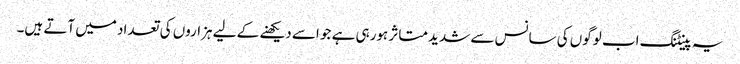
یہ پینٹنگ اب لوگوں کی سانس سے شدید متاثر ہورہی ہے جو اسے دیکھنے کے لیے ہزاروں کی تعداد میں آتے ہیں۔